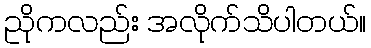
ညိုကလည်း အလိုက်သိပါတယ်။